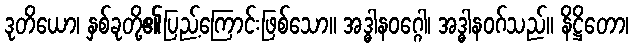
ဒုတိယော၊ နှစ်ခုတို့၏ပြည့်ကြောင်းဖြစ်သော။ အဒ္ဓါနဝဂ္ဂေါ၊ အဒ္ဓါနဝဂ်သည်။ နိဋ္ဌိတော၊